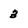
Character: 3